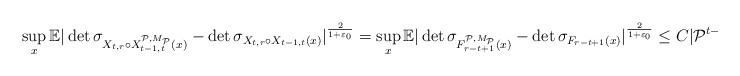
LaTeX: \begin{align*}\sup_x\mathbb{E}\vert\det\sigma_{X_{t,r}\circ X_{t-1,t}^{ \mathcal{P},{M_{\mathcal{P}}}}(x)}-\det\sigma_{X_{t,r}\circ X_{t-1,t}(x)}\vert ^{\frac{2}{1+\varepsilon_0}}=\sup_x\mathbb{E}\vert \det\sigma_{F_{r-t+1}^{\mathcal{P},{M_\mathcal{P}}}(x)}-\det\sigma_{F_{r-t+1}(x)}\vert^{\frac{2}{1+\varepsilon_0}}\leq C\vert{\mathcal{P}^{t-1,t}}\vert^{\frac{2}{(2+\varepsilon_0)(1+\varepsilon_0)}}.\end{align*}